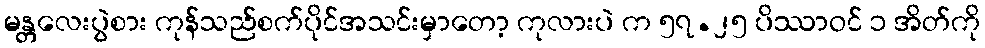
မန္တလေးပွဲစား ကုန်သည်စက်ပိုင်အသင်းမှာတော့ ကုလားပဲ က ၅၇.၂၅ ပိဿာဝင် ၁ အိတ်ကို